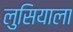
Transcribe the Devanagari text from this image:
लुसियाला